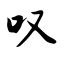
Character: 叹